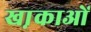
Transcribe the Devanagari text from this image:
खा़काओं